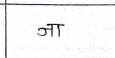
मजकूर: जा